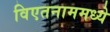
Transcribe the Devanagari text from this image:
विएतनाममध्ये